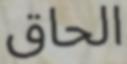
الحاق